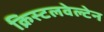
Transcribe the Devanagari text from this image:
क्रिस्टलवेल्टेन